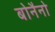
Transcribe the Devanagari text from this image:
बोनैनो